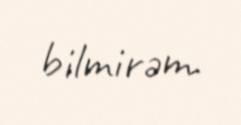
bilmirəm.